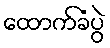
ထောက်ခံပွဲ